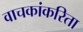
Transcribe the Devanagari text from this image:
वाचकांकरिता